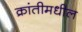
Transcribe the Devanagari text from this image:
क्रांतीमधील